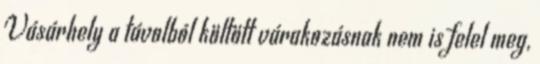
Vásárhely a távolból költött várakozásnak nem is felel meg,